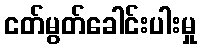
ငတ်မွတ်ခေါင်းပါးမှု